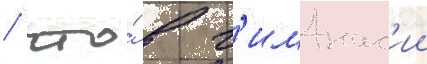
/ что́ в г'имнас'ии